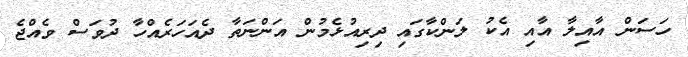
ހަސަން އާއިލާ އާއި އެކު ލަންކާގައި ދިރިއުޅެމުން އަންނަތާ ދެއަހަރެއްހާ ދުވަސް ވެއްޖެ